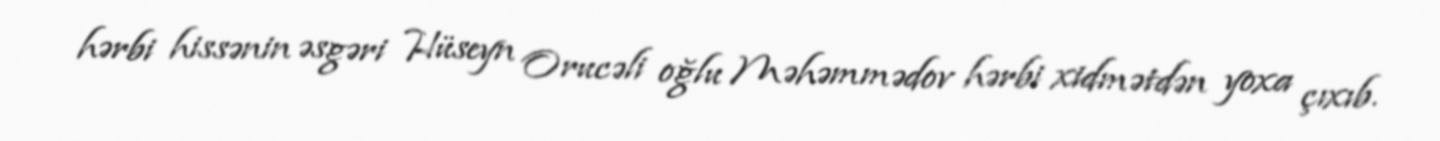
hərbi hissənin əsgəri Hüseyn Orucəli oğlu Məhəmmədov hərbi xidmətdən yoxa çıxıb.